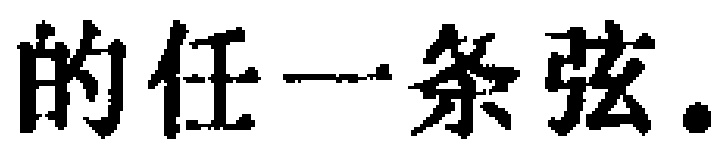
的任一条弦.